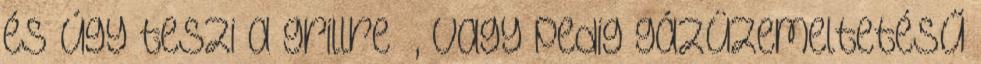
és úgy teszi a grillre –, vagy pedig gázüzemeltetésű